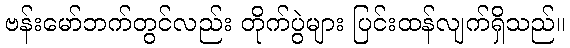
ဗန်းမော်ဘက်တွင်လည်း တိုက်ပွဲများ ပြင်းထန်လျက်ရှိသည်။